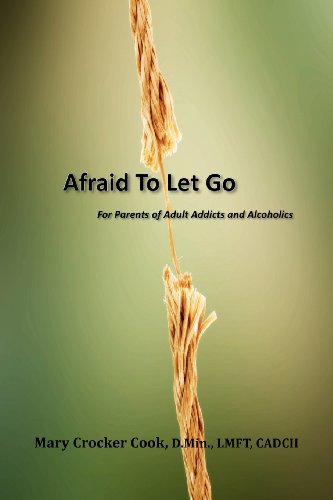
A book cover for Afraid to Let Go. For Parents of Adult Addicts and Alcoholics; Mary Crocker Cook; Parenting & Relationships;